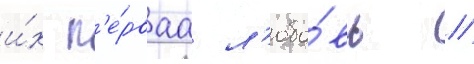
и́х п'е́рваа л'юбо́вь //